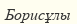
Борисұлы